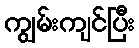
ကျွမ်းကျင်ပြီး